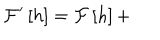
{ \cal F } ^ { \prime } \left[ h \right] = { \cal F } \left[ h \right] +